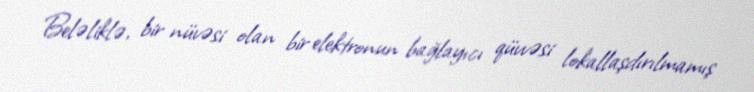
Beləliklə, bir nüvəsi olan bir elektronun bağlayıcı qüvvəsi lokallaşdırılmamış